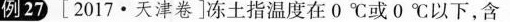
例27[2017·天津卷]冻土指温度在0℃或0℃以下，含